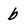
Character: b